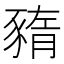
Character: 𧱫